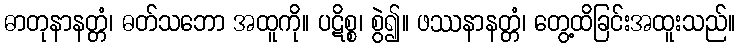
ဓာတုနာနတ္တံ၊ ဓတ်သဘော အထူကို။ ပဋိစ္စ၊ စွဲ၍။ ဖဿနာနတ္တံ၊ တွေ့ထိခြင်းအထူးသည်။